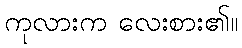
ကုလားက လေးစား၏။